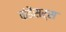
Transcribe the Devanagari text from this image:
कंडेंसर्स